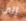
إلى